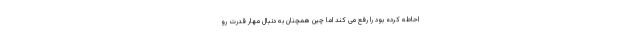
احاطه کرده بود را رفع می کند اما چین همچنان به دنبال مهار قدرت رو